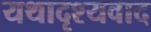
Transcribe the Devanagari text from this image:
यथादृश्यवाद